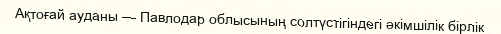
Ақтоғай ауданы — Павлодар облысының солтүстігіндегі әкімшілік бірлік